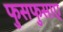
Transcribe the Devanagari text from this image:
फुसफुसाए